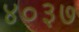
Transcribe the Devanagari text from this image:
४०३७